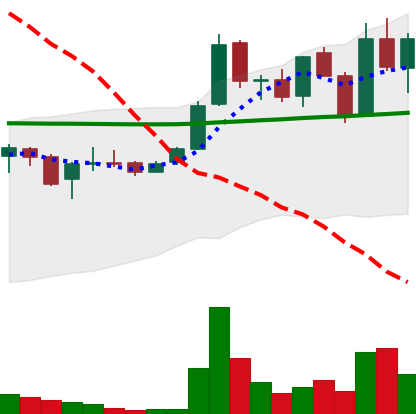
Ticker: LINK-USD
Chart end date: 2019-01-13
Forward return: 12.711%
Label: up_7plus